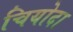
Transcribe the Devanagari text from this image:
चियोदा